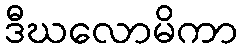
ဒီဃလောမိကာ